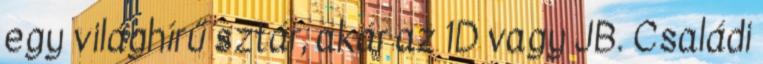
egy világhírű sztár, akár az 1D vagy JB. Családi